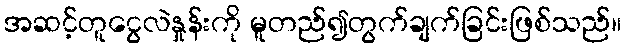
အဆင့်တူငွေလဲနှုန်းကို မူတည်၍တွက်ချက်ခြင်းဖြစ်သည်။